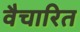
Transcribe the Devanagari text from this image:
वैचारित